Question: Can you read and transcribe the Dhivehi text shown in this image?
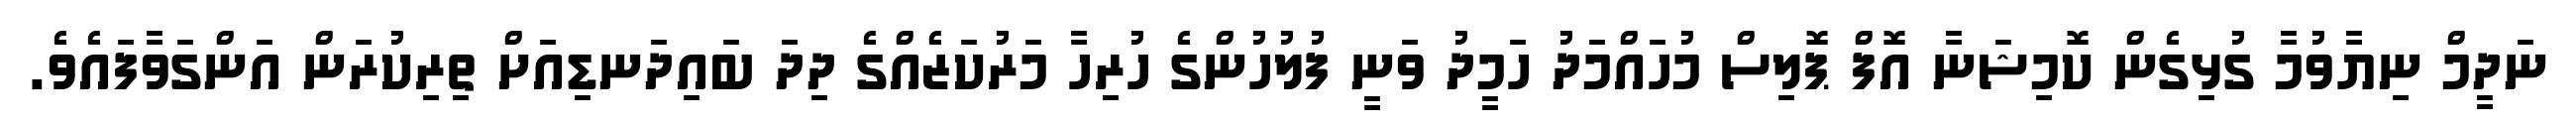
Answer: ނަދީމް ނިޔާވުމާ ގުޅިގެން ކޮމިޝަނާ އޮފް ޕޮލިސް މުހައްމަދު ހަމީދު ވަނީ ފުލުހުންގެ ހުރިހާ މަރުކަޒެއްގެ ދިދަ ބައިދަނޑިއަށް ތިރިކުރަން އަންގަވާފައެވެ.